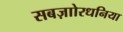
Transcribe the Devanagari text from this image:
सबज़ाोरधनिया